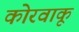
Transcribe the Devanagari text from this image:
कोरवाकू